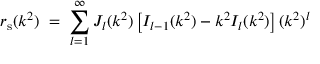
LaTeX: r _ { \mathrm { s } } ( k ^ { 2 } ) \; = \; \sum _ { l = 1 } ^ { \infty } J _ { l } ( k ^ { 2 } ) \left[ I _ { l - 1 } ( k ^ { 2 } ) - k ^ { 2 } I _ { l } ( k ^ { 2 } ) \right] ( k ^ { 2 } ) ^ { l }